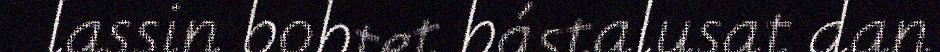
lassin bohtet hástalusat dan